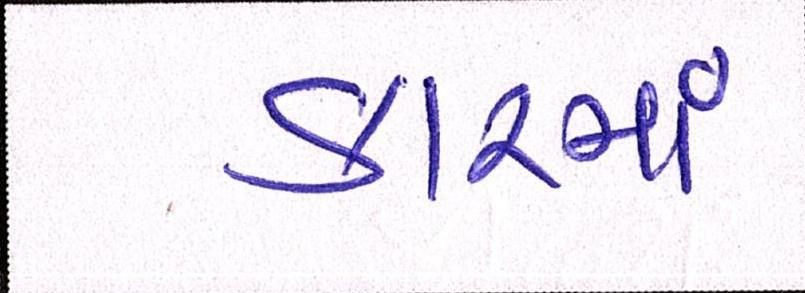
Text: કારમાં